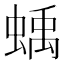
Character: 蝺